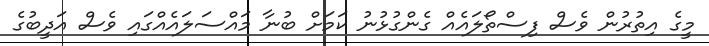
މީގެ އިތުރުން ވެސް ފިސްތޯލައެއް ގެންގުޅުނު ކަމަށް ބުނާ މައްސަލައެއްގައި ވެސް އަދީބުގެ